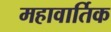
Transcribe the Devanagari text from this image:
महावार्तिक